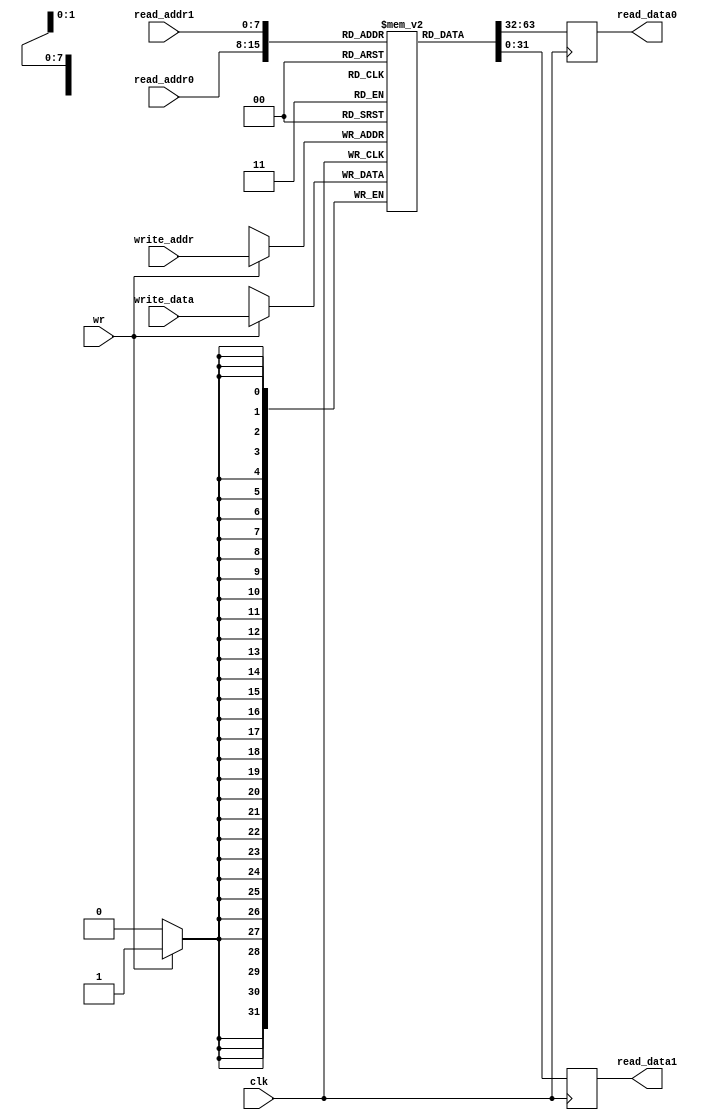
//======================================================================
//
// blockmem2r1w.v
// --------------
// Synchronous block memory with two read ports and one write port.
// The data size is the same for both read and write operations.
//
// The memory is used in the modexp core.
//
//
// Copyright (c) 2015, NORDUnet A/S All rights reserved.
//
// Redistribution and use in source and binary forms, with or without
// modification, are permitted provided that the following conditions are
// met:
// - Redistributions of source code must retain the above copyright notice,
//   this list of conditions and the following disclaimer.
//
// - Redistributions in binary form must reproduce the above copyright
//   notice, this list of conditions and the following disclaimer in the
//   documentation and/or other materials provided with the distribution.
//
// - Neither the name of the NORDUnet nor the names of its contributors may
//   be used to endorse or promote products derived from this software
//   without specific prior written permission.
//
// THIS SOFTWARE IS PROVIDED BY THE COPYRIGHT HOLDERS AND CONTRIBUTORS "AS
// IS" AND ANY EXPRESS OR IMPLIED WARRANTIES, INCLUDING, BUT NOT LIMITED
// TO, THE IMPLIED WARRANTIES OF MERCHANTABILITY AND FITNESS FOR A
// PARTICULAR PURPOSE ARE DISCLAIMED. IN NO EVENT SHALL THE COPYRIGHT
// HOLDER OR CONTRIBUTORS BE LIABLE FOR ANY DIRECT, INDIRECT, INCIDENTAL,
// SPECIAL, EXEMPLARY, OR CONSEQUENTIAL DAMAGES (INCLUDING, BUT NOT LIMITED
// TO, PROCUREMENT OF SUBSTITUTE GOODS OR SERVICES; LOSS OF USE, DATA, OR
// PROFITS; OR BUSINESS INTERRUPTION) HOWEVER CAUSED AND ON ANY THEORY OF
// LIABILITY, WHETHER IN CONTRACT, STRICT LIABILITY, OR TORT (INCLUDING
// NEGLIGENCE OR OTHERWISE) ARISING IN ANY WAY OUT OF THE USE OF THIS
// SOFTWARE, EVEN IF ADVISED OF THE POSSIBILITY OF SUCH DAMAGE.
//
//======================================================================

module blockmem2r1w #(parameter OPW = 32, parameter ADW = 8)
       (
           input wire                  clk,

           input wire  [(ADW - 1) : 0] read_addr0,
           output wire [(OPW - 1) : 0] read_data0,

           input wire  [(ADW - 1) : 0] read_addr1,
           output wire [(OPW - 1) : 0] read_data1,

           input wire                  wr,
           input wire  [(ADW - 1) : 0] write_addr,
           input wire  [(OPW - 1) : 0] write_data
       );

reg [(OPW - 1) : 0] mem [0 : ((2**ADW) - 1)];
reg [(OPW - 1) : 0] tmp_read_data0;
reg [(OPW - 1) : 0] tmp_read_data1;

assign read_data0 = tmp_read_data0;
assign read_data1 = tmp_read_data1;

always @ (posedge clk)
    begin : reg_mem
        if (wr)
            mem[write_addr] <= write_data;

        tmp_read_data0 <= mem[read_addr0];
        tmp_read_data1 <= mem[read_addr1];
    end

endmodule // blockmem2r1w

          //======================================================================
          // EOF blockmem2r1w.v
          //======================================================================